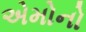
એમોનો